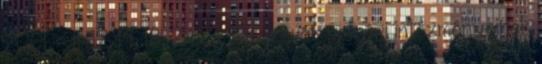
2001. – 11-12; 14; 18; 21-23. Kolozsvár polgári intézményeinek